Lunatic asylums Madras 1877-1891 - 1877-1891
Year: 1877
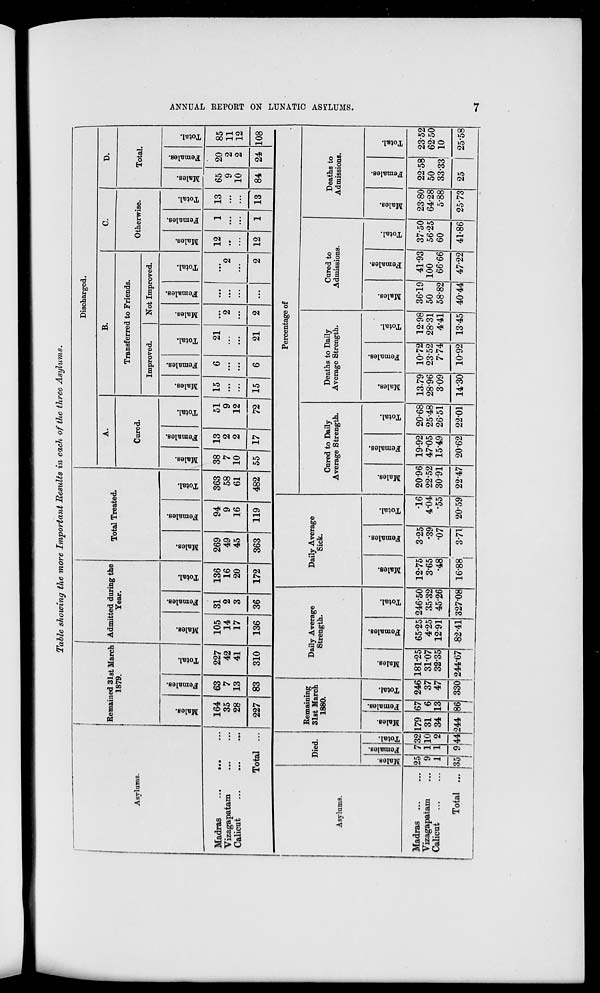
ANNUAL REPORT ON LUNATIC ASYLUMS.
7
Table showing the more Important Results in each of the three Asylums.
Asylums.
Madras ... ...
...
Vizagapatam ... ...
Calicut
...
...
...
Total ...
Remained 31st March
1879.
Males.
164
35
28
227
Females.
63
7
13
83
Total.
227
42
41
310
Admitted during the
Year.
Males.
105
14
17
136
Females.
31
2
3
36
Total.
136
16
20
172
Total Treated.
Males.
269
49
45
363
Females.
94 9
16
119
Total.
363
58
61
482
Discharged.
A.
Cured.
Males.
38
7
10
55
Females.
13
2
2
17
Total.
51
9
12
72
B.
Transferred to Friends.
Improved.
Males.
15
...
...
15
Females.
6
...
...
6
Total.
21
...
...
21
Not Improved.
Males.
...
2
...
2
Females.
...
...
...
...
Total.
...
2
...
2
C.
Otherwise.
Males.
12
...
...
12
Females.
1
...
...
1
Total.
13
...
...
13
D.
Total.
Males.
65
9
10
84
Females.
20
2
2
24
Total.
85
11
12
108
Asylums.
Madras
...
...
Vizagapatam ...
Calicut
...
...
Total ...
Died.
Males.
25
9
1
35
Females.
7
1
1
9
Total.
32
10
2
44
Remaining
31st March
1880.
Males.
179
31
34
244
Females.
67
6
13
86
Total.
246
37
47
330
Daily Average
Strength.
Males.
181.25
31.07
32.35
244.67
Females.
65.25
4.25
12.91
82.41
Total.
246.50
35.32
45.26
327.08
Daily Average
Sick.
Males.
12.75
3.65
.48
16.88
Females.
3.25
.39
.07
3.71
Total.
.16
4.04
.55
20.59
Percentage of
Cured to Daily
Average Strength.
Males.
20.96
22.52
30.91
22.47
Females.
19.92
47.05
15.49
20.62
Total.
20.68
25.48
26.51
22.01
Deaths to Daily
Average Strength.
Males.
13.79
28.96
3.09
14.30
Females.
10.72
23.52
7.74
10.92
Total.
12.98
28.31
4.41
13.45
Cured to
Admissions.
Males.
36.19
50
58.82
40.44
Females.
41.93
100
66.66
47.22
Total.
37.50
56.25
60
41.86
Deaths to
Admissions.
Males.
23.80
64.28
5.88
25.73
Females.
22.58
50
33.33
25
Total.
23.52
62.50
10
25.58